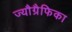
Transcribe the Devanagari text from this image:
ज्यौग्रैफिका